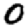
Digit: 0